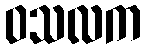
ဝသလက